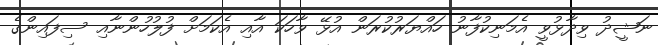
ނަޝީދު ވިދާޅުވީ އެމަނިކުފާނު ހައްޔަރުކުރަން އުޅޭ ވާހަކަ އާއި އެކަމަށް ފުލުހުންނާއި ސިފައިންގެ